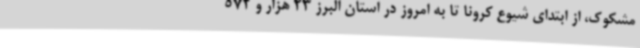
مشکوک، از ابتدای شیوع کرونا تا به امروز در استان البرز 23 هزار و 572